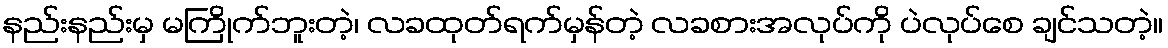
နည်းနည်းမှ မကြိုက်ဘူးတဲ့၊ လခထုတ်ရက်မှန်တဲ့ လခစားအလုပ်ကို ပဲလုပ်စေ ချင်သတဲ့။